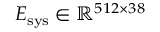
E _ { \mathrm { s y s } } \in \mathbb { R } ^ { 5 1 2 \times 3 8 }